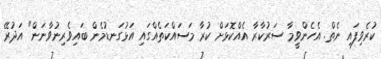
ކުރެވިފައި ނެތް. އެެހެންވީމާ ސަރުކާރާ އެއްކޮޅަށް ކުރާ މަސައްކަތެއްގައި އަޅުގަނޑުމެން ބައިވެރިނުވާނަން" އަދުރޭ